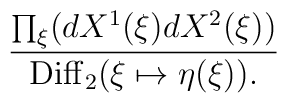
{{\prod_\xi (dX^1(\xi)dX^2(\xi))}\over {{\rm Diff}_2 (\xi\mapsto\eta(\xi)).}}